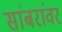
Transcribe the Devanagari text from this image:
सांबरांवर